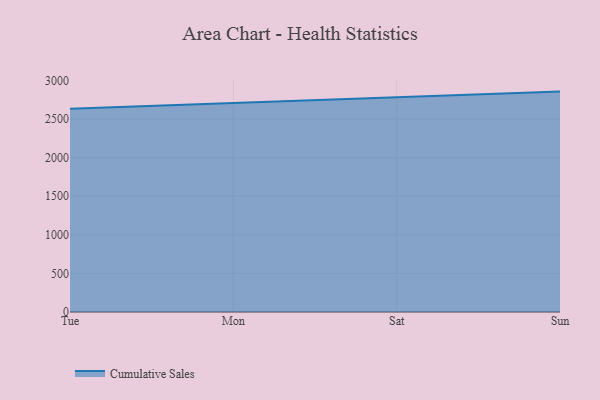
{"axis": {"x": "Day", "y": "Conversion Rate (%)"}, "legend": ["Cumulative Sales"], "data": [{"x": "Tue", "y": 2633.7, "type": "Cumulative Sales"}, {"x": "Mon", "y": 2709.7, "type": "Cumulative Sales"}, {"x": "Sat", "y": 2777.6, "type": "Cumulative Sales"}, {"x": "Sun", "y": 2854.9, "type": "Cumulative Sales"}]}